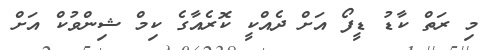
މި ރަތް ކާޑު ޑީފޯ އަށް ދެއްކީ ކޮރެއާގެ ކިމް ޝިންވުކް އަށް